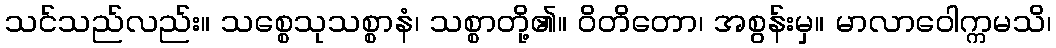
သင်သည်လည်း။ သစ္စေသုသစ္စာနံ၊ သစ္စာတို့၏။ ဝိတိတော၊ အစွန်းမှ။ မာလာဝေါက္ကမသိ၊